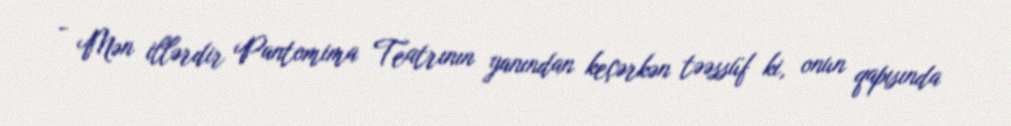
- Mən illərdir Pantomima Teatrının yanından keçərkən təəssüf ki, onun qapısında